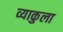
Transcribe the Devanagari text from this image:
व्याकुला